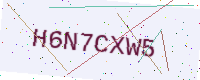
Text: H6N7CXW5